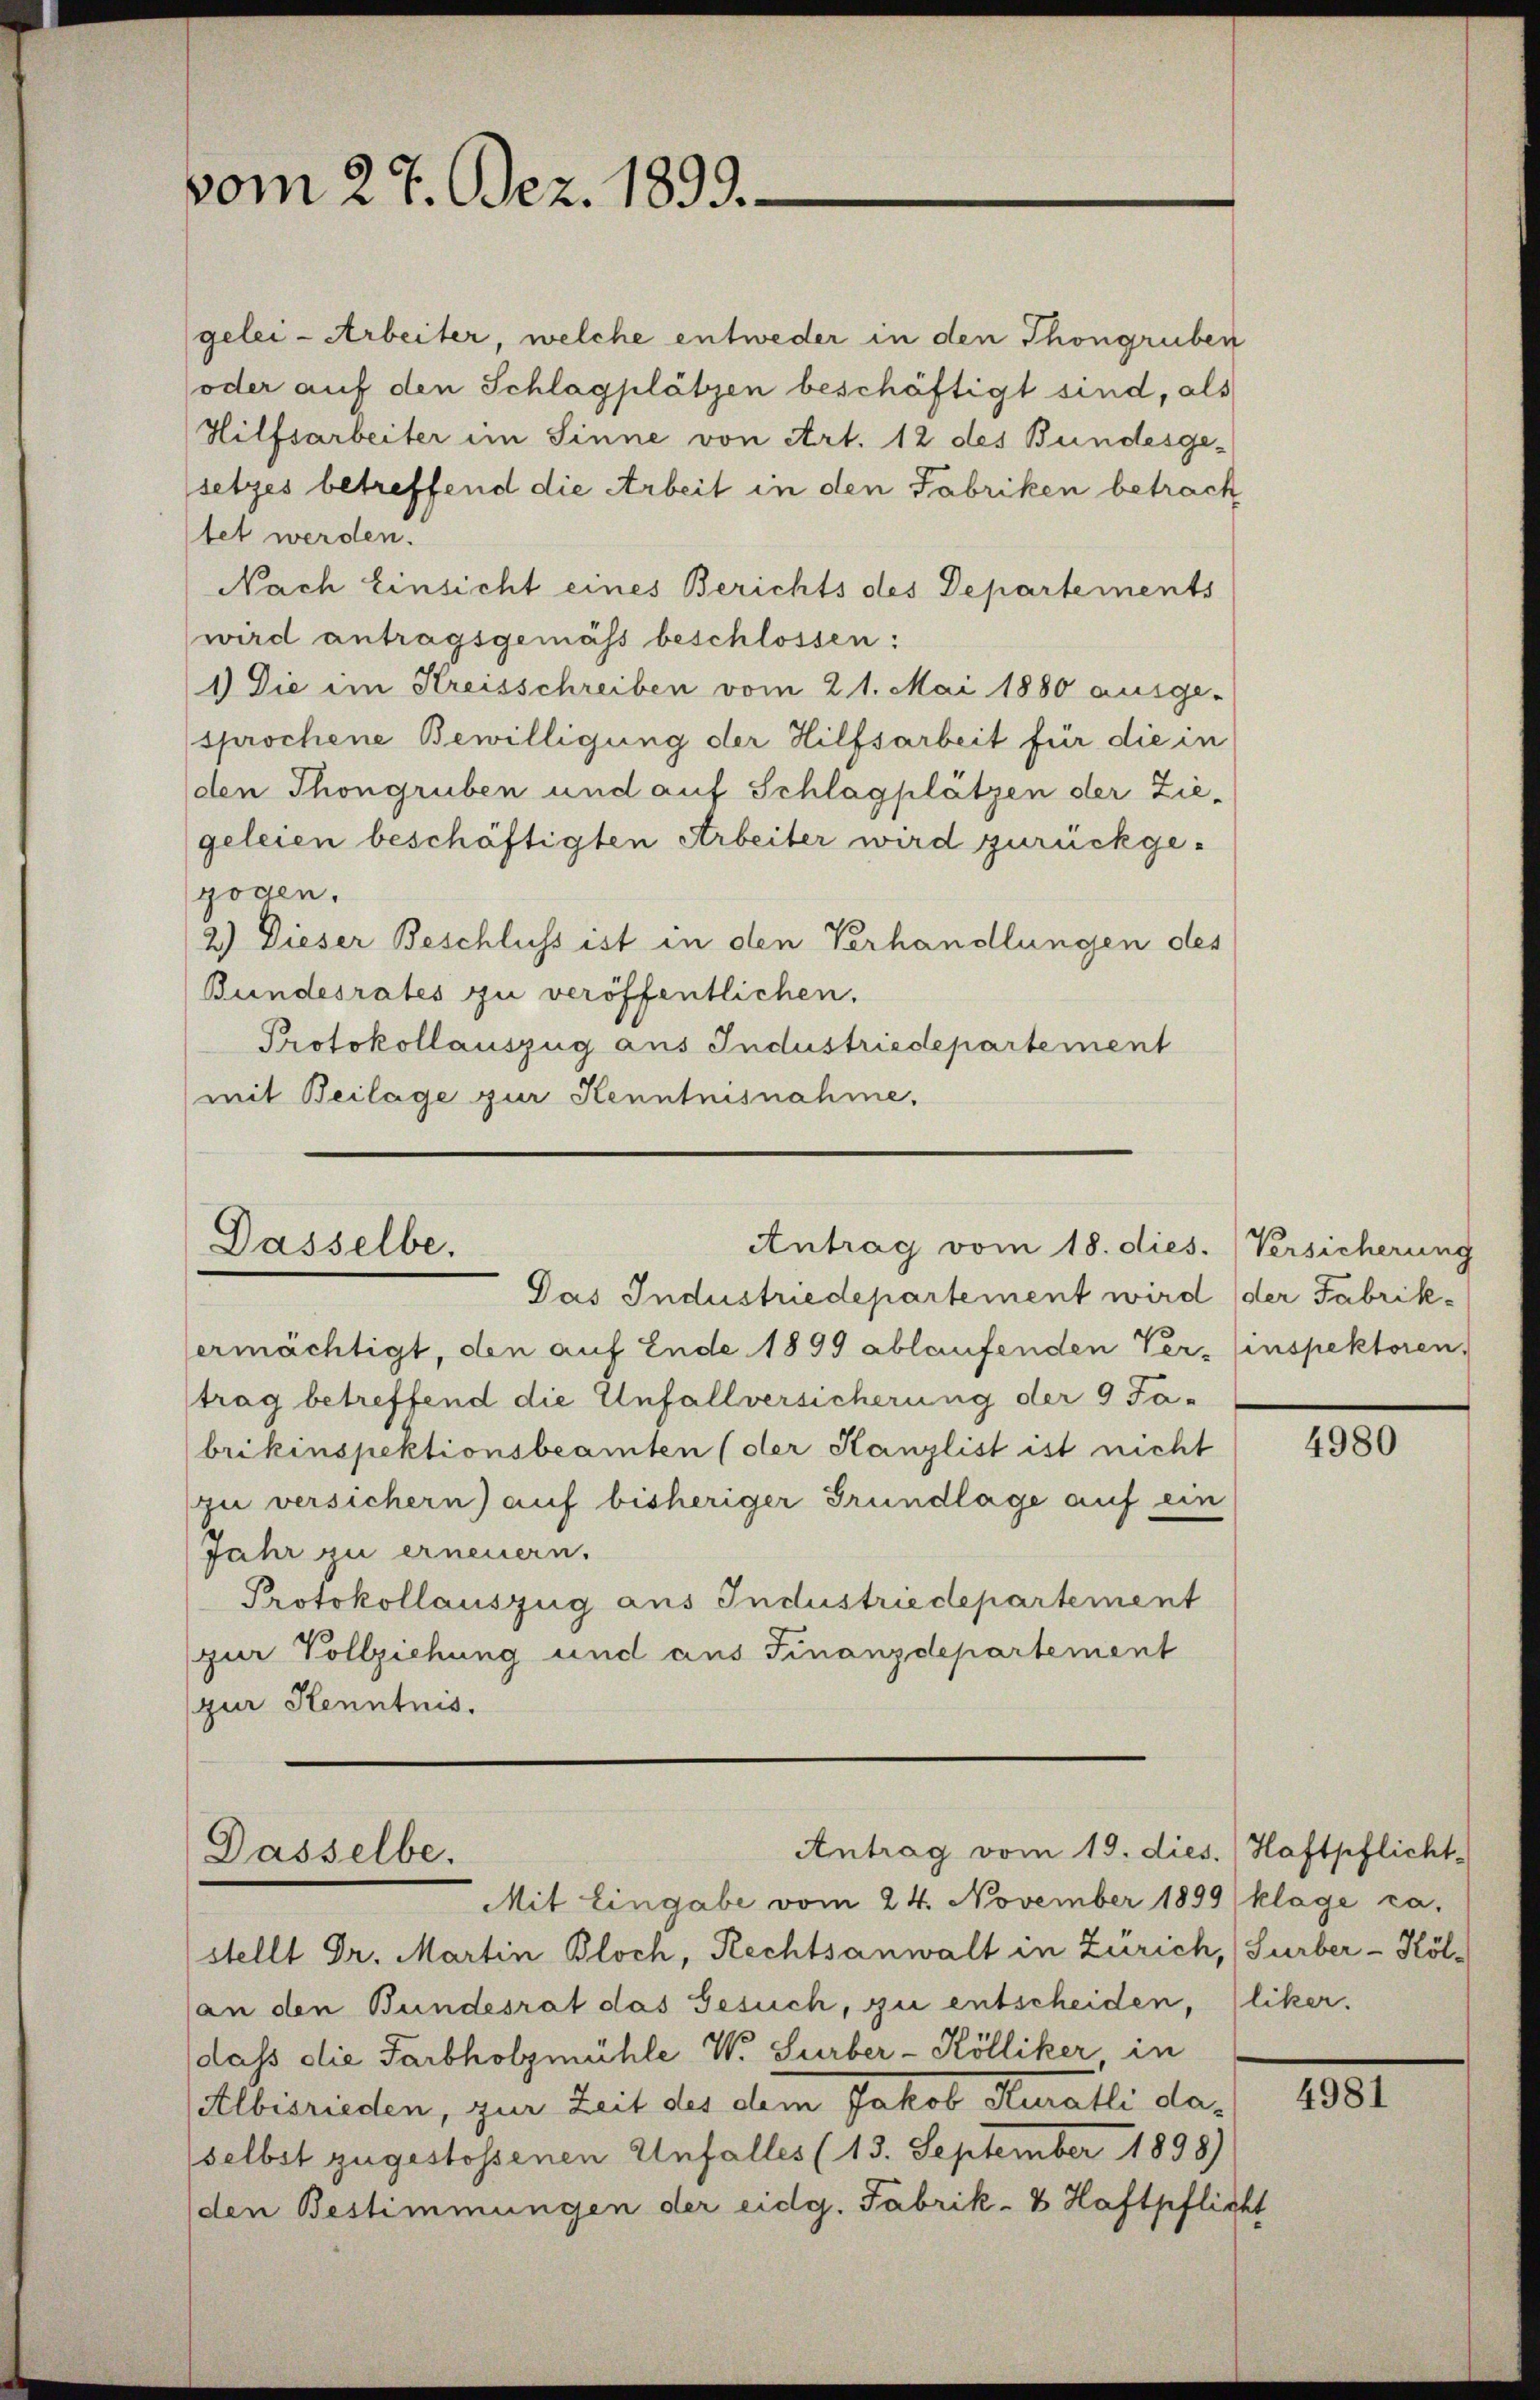
vom 27. Dez. 1899.

Dasselbe,

gelei- Arbeiter, welche entweder in den Thongruben
oder auf den Schlagplätzen beschäftigt sind, als
Hilfsarbeiter im Sinne von Art. 12 des Bundesgesetzes betreffend die Arbeit in den Fabriken betrach
tet werden.
Nach Einsicht eines Berichts des Departements
wird antragsgemäss beschlossen:
1) Die im Kreisschreiben vom 21. Mai 1880 ausge-
sprochene Bewilligung der Hilfsarbeit für die in
den Thongruben und auf Schlagplätzen der Ziegeleien beschäftigten Arbeiter wird zurückge-
gogen.
2) Dieser Beschluss ist in den Verhandlungen des
Bundesrates zu veröffentlichen.
Protokollauszug aus Industriedepartement
mit Beilage zur Kenntnisnahme.

Antrag vom 18. dies. Versicherung

Das Industriedepartement wird der Fabrikermächtigt, den auf Ende 1899 ablaufenden Ver- Einspektoren,
trag betreffend die Unfallversicherung der 9 Tabrikinspektionsbeamten (der Kanzlist ist nicht
zu versichern) auf bisheriger Grundlage auf ein
Jahr zu erneuern.
Protokollauszug aus Industriedepartement
(zur Vollziehung und aus Finanzdepartement
(zur Kenntnis.

Antrag vom 19. dies.
Dasselbe.
Mit Eingabe vom 24. November 1899 klage ca.

stellt Dr. Martin Bloch, Rechtsanwalt in Zürich, (Surber-Köl-
an den Bundesrat das Gesuch, zu entscheiden, (liker.
dass die Farbholzmühle W. Surber-Kölliker in
Albisrieden, zur Zeit des dem Jakob Ruralli daselbst zugestossenen Unfalles (13. September 1898)
den Bestimmungen der eidg. Fabrik- & Haftpflicht

4980

Haftpflicht

4981